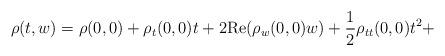
LaTeX: \begin{align*}\rho(t,w) = \rho(0,0)+\rho_t(0,0) t + 2{\rm Re}(\rho_w(0,0) w) + \frac{1}{2}\rho_{tt}(0,0) t^2 +\end{align*}